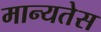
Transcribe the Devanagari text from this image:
मान्यतेस